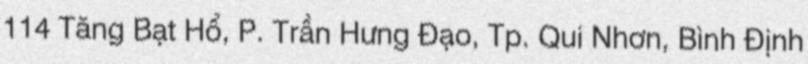
114 Tăng Bạt Hổ, P. Trần Hưng Đạo, Tp. Qui Nhơn, Bình Định